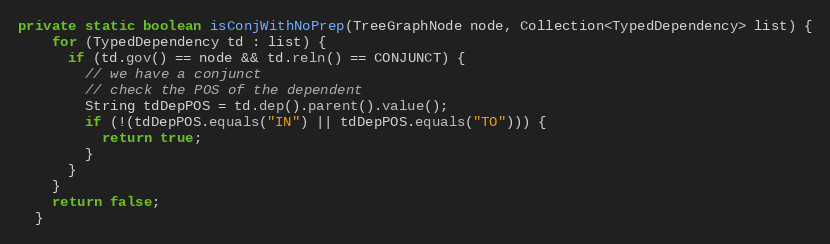
Language: Java
private static boolean isConjWithNoPrep(TreeGraphNode node, Collection<TypedDependency> list) {
    for (TypedDependency td : list) {
      if (td.gov() == node && td.reln() == CONJUNCT) {
        // we have a conjunct
        // check the POS of the dependent
        String tdDepPOS = td.dep().parent().value();
        if (!(tdDepPOS.equals("IN") || tdDepPOS.equals("TO"))) {
          return true;
        }
      }
    }
    return false;
  }